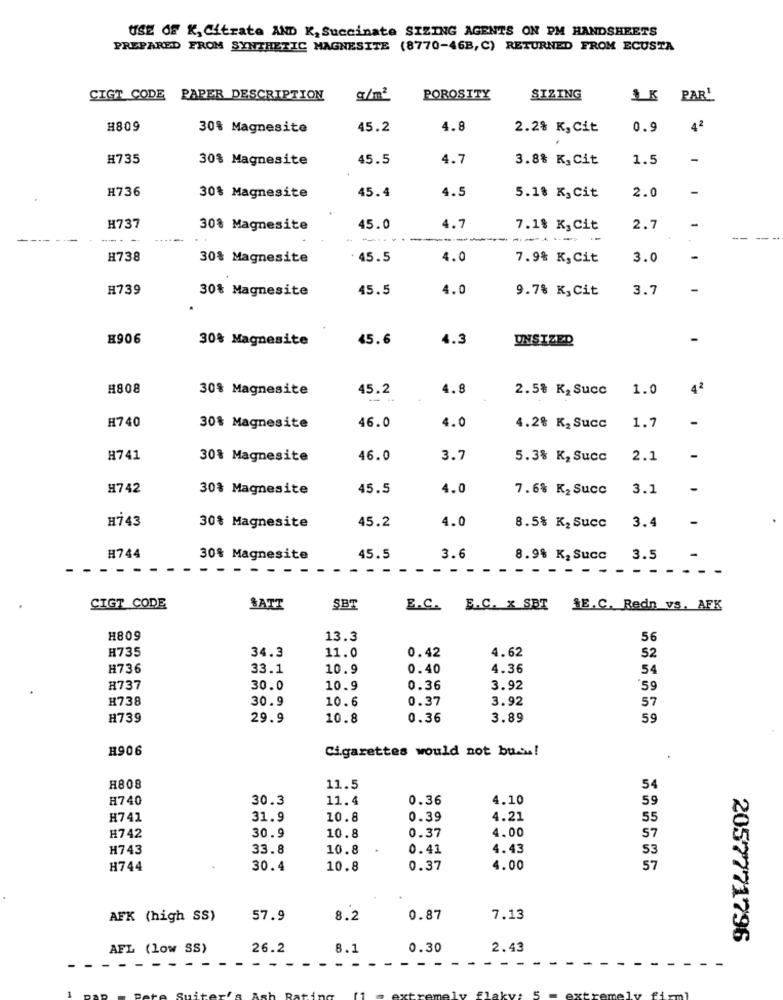
USE OF K, Citrate AND K, Succinate SIZING AGENTS ON PM HANDSHEETS
PREPARED FROM SYNTHETIC MAGNESITE (8770-46B, C) RETURNED FROM ECUSTA
CIGT CODE
PAPER DESCRIPTION
POROSITY
SIZING
1K PAR'
#809
30% Magnesite
45.2
4.8
2.2% K,Cit
0.9
42
H735
30% Magnesite
45.5
4.7
3.8% K, Cit
1.5
-
H736
30% Magnesite
45.4
4.5
5.18 K, Cit
2.0
H737
30% Magnesite
45.0
4.7
7.18 K,Cit
2.7
----
----
------
H738
30% Magnesite
45.5
4.0
7.9% K, Cit
3.0
H739
30% Magnesite
45.5
4.0
9.7% K,Cit
3.7
H906
30% Magnesite
45.6
4.3
UNSIZED
#808
30% Magnesite
45.2
4.8
2.5% K2 Succ
1.0
4ª
H740
46.0
1.7
30% Magnesite
4.0
4.2% K2 Succ
H741
30% Magnesite
46.0
3.7
5.3% K, Succ
2.1
-
H742
30% Magnesite
45.5
4.0
7.6% K2 Succ
3.1
H743
45.2
4.0
30% Magnesite
8.5% K2 Succ 3.4
H744
30% Magnesite
45.5
3.6
8.98 K2 Succ
3.5
CIGT CODE
SATT
SBT
E.C. B.C. X SBT
SE.C. Redn vs. AFK
H809
13.3
56
H735
34.3
0.42
11.0
4.62
52
H736
33.1
10.9
0.40
4.36
54
H737
30.0
10.9
0.36
3.92
'59
H738
30.9
10.6
0.37
3.92
57
H739
29.9
10.8
0.36
3.89
59
H906
Cigarettes would not buss!
H808
11.5
54
8740
30.3
11.4
0.36
4.10
59
H741
31.9
10.8
0.39
4.21
55
4.00
H742
30.9
10.8
0.37
57
H743
33.8
10.8
0.41
4.43
53
H744
30.4
10.8
0.37
4.00
57
AFK (high SS)
57.9
8.2
0.87
7.13
2057771796
AFL (low SS)
26.2
8.1
0.30
2.43